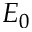
E _ { 0 }